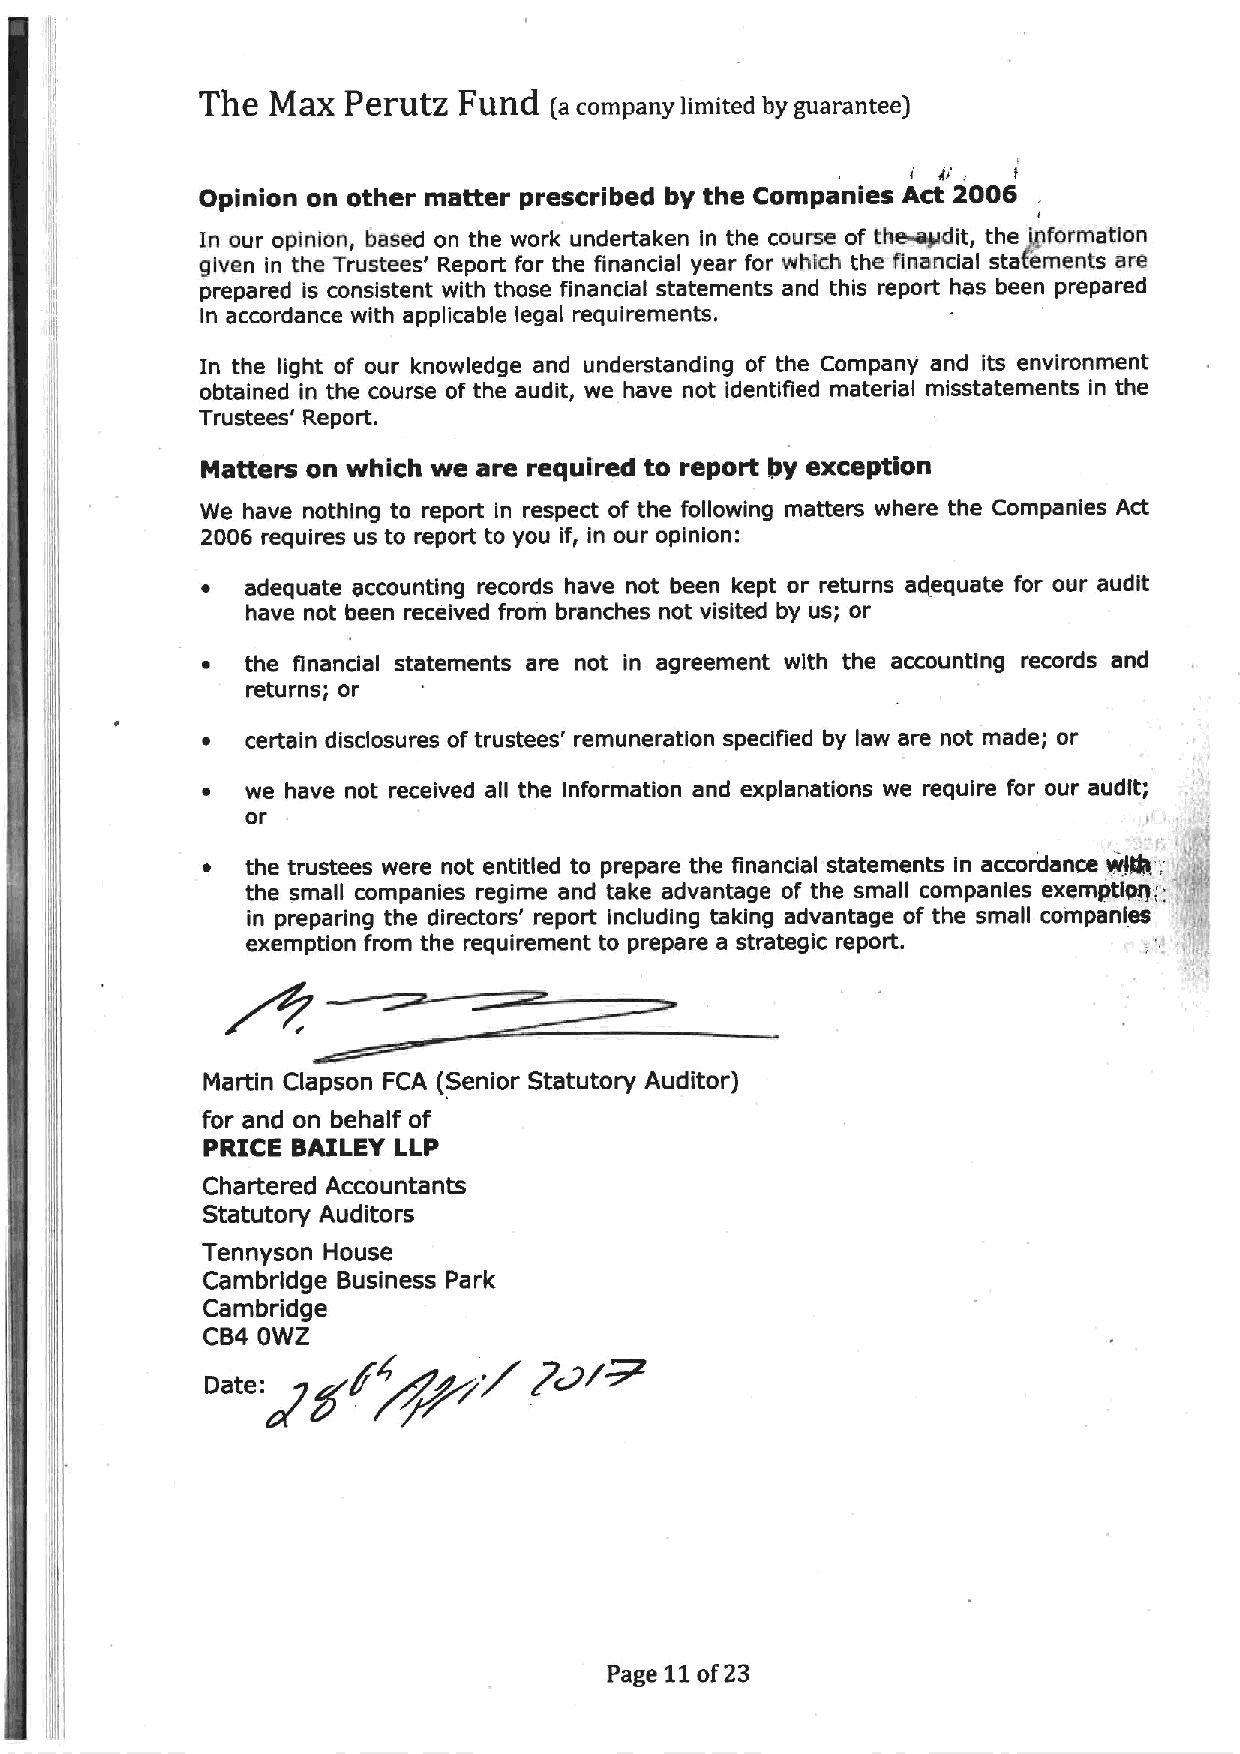
The  Maz  PerutZ Fund  (a company limited by guarantee)
 ii
 I
 Opinion on other matter prescribed by the Companies Act 2006
 I
 In our opinion, based on the work undertaken in the course of theeSidit, the Jilformation
 given in the Trustees' Report for the financial year for which the financial stafements are
 prepared is consistent with those financial statements and this report has been prepared
 in accordance with applicable legal requirements.
 In the light of our knowledge and understanding of the Company and its environment
 obtained in the course of the audit, we have not identified material misstatements in the
 Trustees' Report.
 Matters on which we are required to report by exception
 We have nothing to report In respect of the following matters where the Companies Act
 2006 requires us to report to you if, in our opinion:
 ~  adequate accounting records have not been kept or returns adequate for our audit
 have not been received from branches not visited by us; or
 ~  the financial statements are not in agreement with the accounting records and
 returns; or
 ~  certain disclosures oftrustees' remuneration specified by law are not made; or
 we have not received all the information and explanations we require for our audit;
 oi'
 '
 the trustees were not entitled to prepare the financial statements in accordance nifty;
 the small companies regime and take advantage of the small companies exemptiaff; 'i'
 in preparing the directors' report including taking advantage of the small companies
 exemption from the requirement to prepare a strategic report.
 Martin Clapson FCA (Senior Statutory Auditor)
 for and on behalf of
 PRICE BAILEY LLP
 Chartered Accountants
 Statutory Auditors
 Tennyson House
 Cambridge Business Park
 Cambridge
 CB4 OWZ
 Da~e:~g/~g~~/
 Page
 11of23